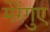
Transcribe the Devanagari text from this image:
मेरेंगुए